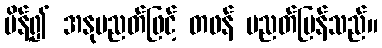
မိန့်၍ အနုပညတ်ဖြင့် တဖန် ပညတ်ပြန်သည်။